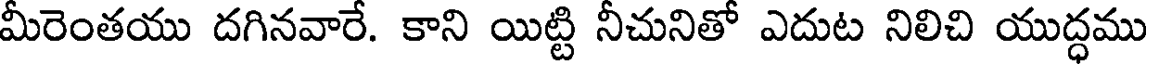
మీరెంతయు దగినవారే. కాని యిట్టి నీచునితో ఎదుట నిలిచి యుద్ధము